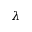
\lambda